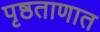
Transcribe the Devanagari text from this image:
पृष्ठताणात